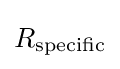
R_{\text{specific}}